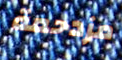
مزدحمة